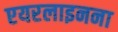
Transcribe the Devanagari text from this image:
एयरलाइनना